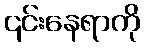
၎င်းနေရာကို